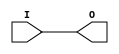
module IBUF (
	output O,
	input I
);
	buf b(O, I);
endmodule